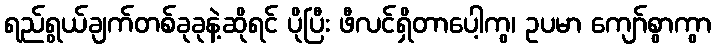
ရည်ရွယ်ချက်တစ်ခုခုနဲ့ဆိုရင် ပိုပြီး ဖီလင်ရှိတာပေါ့ကွ၊ ဥပမာ ကျော်စွာကွာ